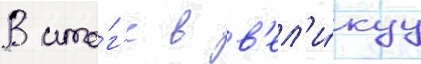
В ито́г'е в в'ел'и́куу